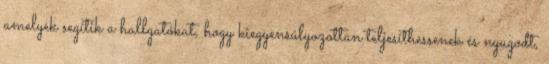
amelyek segítik a hallgatókat, hogy kiegyensúlyozottan teljesíthessenek és nyugodt,